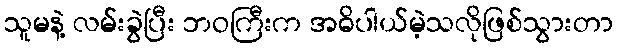
သူမနဲ့ လမ်းခွဲပြီး ဘဝကြီးက အဓိပါယ်မဲ့သလိုဖြစ်သွားတာ